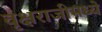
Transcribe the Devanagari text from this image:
वृक्षराजीमध्ये